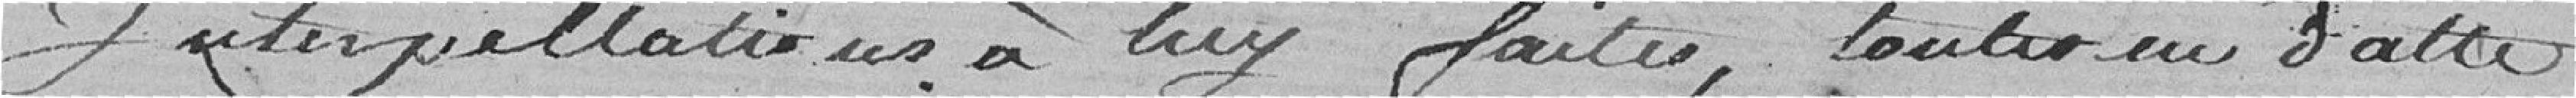
interpellations à lui faites, toutes en date